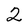
Character: 2